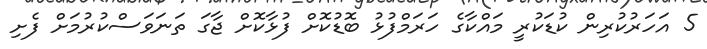
5 އަހަރުކުރިން ކުޑަކުރީ މައްކާގެ ހަރަމްފުޅު ބޮޑުކޮށް ފުޅާކޮށް ޖާގަ ތަނަވަސްކުރުމަށް ފެށި